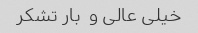
خیلی عالی و  بار تشکر